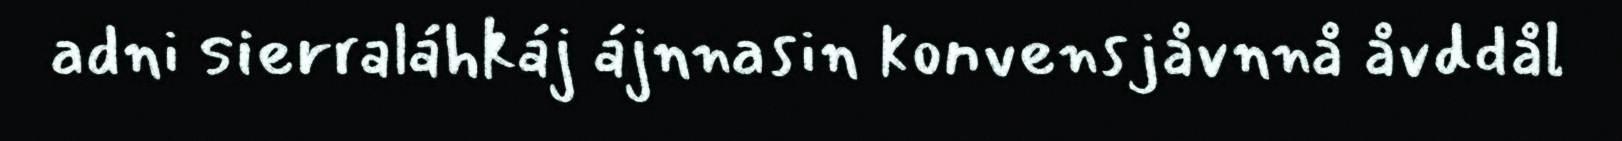
adni sierraláhkáj ájnnasin konvensjåvnnå åvddål